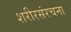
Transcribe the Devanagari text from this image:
शरीरसंरचना